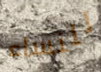
للنساء